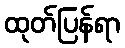
ထုတ်ပြန်ရာ